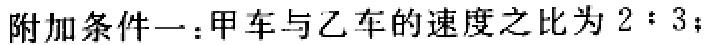
附加条件一：甲车与乙车的速度之比为 \(2:3\)；